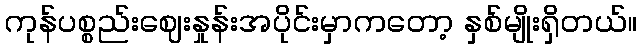
ကုန်ပစ္စည်းဈေးနှုန်းအပိုင်းမှာကတော့ နှစ်မျိုးရှိတယ်။